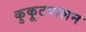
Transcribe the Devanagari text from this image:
कुकूटपालन